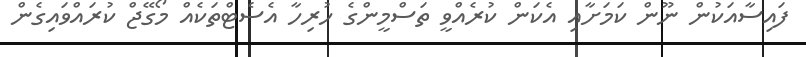
ފައިސާއަކުން ނޫން ކަމަށާއި އެކަން ކުރެއްވީ ތަސްމީންގެ ހުރިހާ އެސެޓްތަކެއް މޯގޭޖް ކުރައްވައިގެން